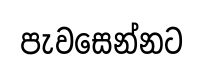
පැවසෙන්නට